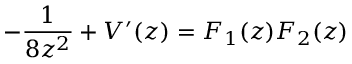
- \frac { 1 } { 8 z ^ { 2 } } + V ^ { \prime } ( z ) = F _ { 1 } ( z ) F _ { 2 } ( z )